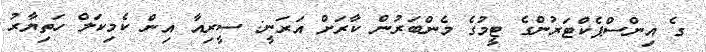
ގެ އިންސްޕެކްޓަރުންގެ ޓީމުގެ މެންބަރުން ކާރަށް އަރަނީ: ސީރިއާ އިން ކެމިކަލް ހަތިޔާރު